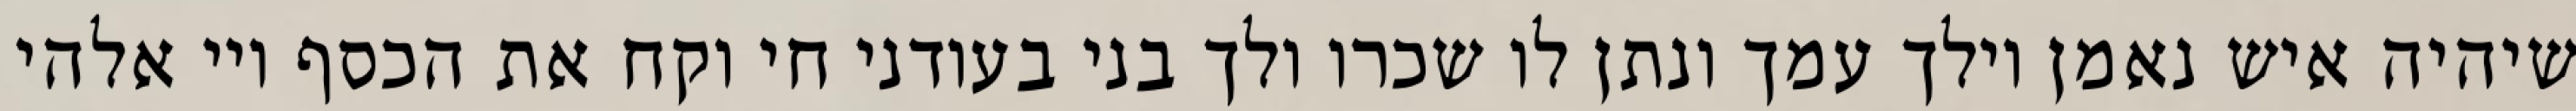
שיהיה איש נאמן וילך עמך ונתן לו שכרו ולך בני בעודני חי וקח את הכסף ויי אלהי